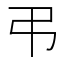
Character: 弔